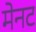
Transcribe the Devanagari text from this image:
मेनट